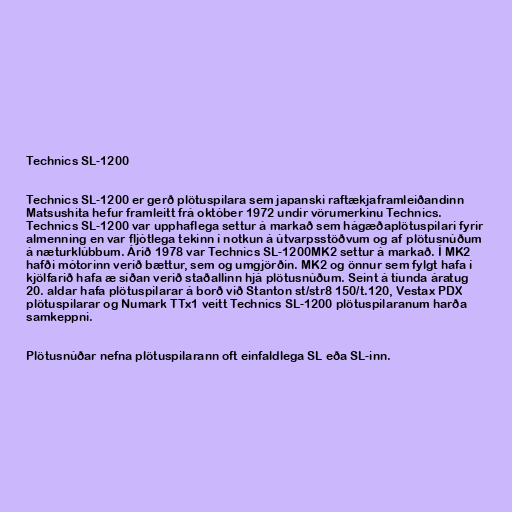
Technics SL-1200

Technics SL-1200 er gerð plötuspilara sem japanski raftækjaframleiðandinn
Matsushita hefur framleitt frá október 1972 undir vörumerkinu Technics.
Technics SL-1200 var upphaflega settur á markað sem hágæðaplötuspilari fyrir
almenning en var fljótlega tekinn í notkun á útvarpsstöðvum og af plötusnúðum
á næturklúbbum. Árið 1978 var Technics SL-1200MK2 settur á markað. Í MK2
hafði mótorinn verið bættur, sem og umgjörðin. MK2 og önnur sem fylgt hafa í
kjölfarið hafa æ síðan verið staðallinn hjá plötusnúðum. Seint á tíunda áratug
20. aldar hafa plötuspilarar á borð við Stanton st/str8 150/t.120, Vestax PDX
plötuspilarar og Numark TTx1 veitt Technics SL-1200 plötuspilaranum harða
samkeppni.

Plötusnúðar nefna plötuspilarann oft einfaldlega SL eða SL-inn.